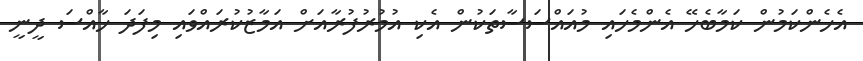
އެހެންކަމުން ކަމާބެހޭ އެންމެހައި މުއައްސަސާތަކުން އެކި އުމުރުފުރާއަށް އަމާޒުކުރައްވައި މިފަދަ ހާއްސަ ދީނީ